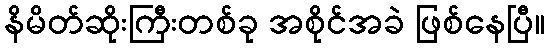
နိမိတ်ဆိုးကြီးတစ်ခု အစိုင်အခဲ ဖြစ်နေပြီ။